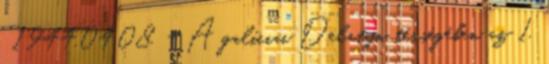
. 1944.04.08. - A galíciai Delatyn térségében az 1.